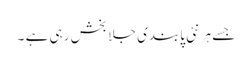
جسے ہر نئی پابندی جلا بخش رہی ہے ۔